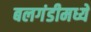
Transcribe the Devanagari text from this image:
बलगंडीमध्ये